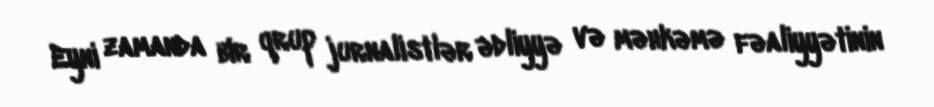
Eyni zamanda bir qrup jurnalistlər ədliyyə və məhkəmə fəaliyyətinin